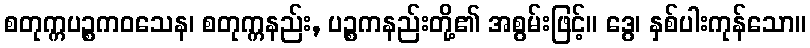
စတုက္ကပဉ္စကဝသေန၊ စတုက္ကနည်း, ပဉ္စကနည်းတို့၏ အစွမ်းဖြင့်။ ဒွေ၊ နှစ်ပါးကုန်သော။